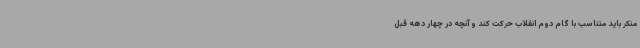
منکر باید متناسب با گام دوم انقلاب حرکت کند و آنچه در چهار دهه قبل